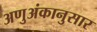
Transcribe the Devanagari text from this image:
अणुअंकानुसार